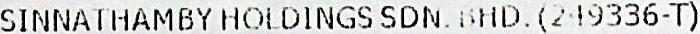
SINNATHAMBY HOLDINGS SDN. BHD. (249336-T)